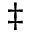
\ddagger